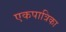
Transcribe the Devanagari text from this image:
एकपात्रिका